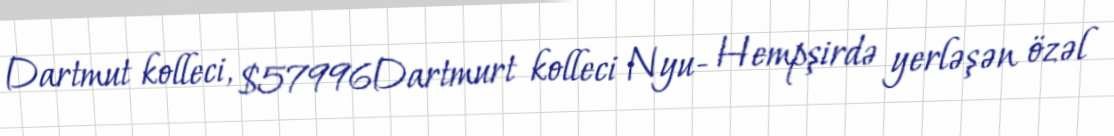
Dartmut kolleci, $57996Dartmurt kolleci Nyu- Hempşirdə yerləşən özəl